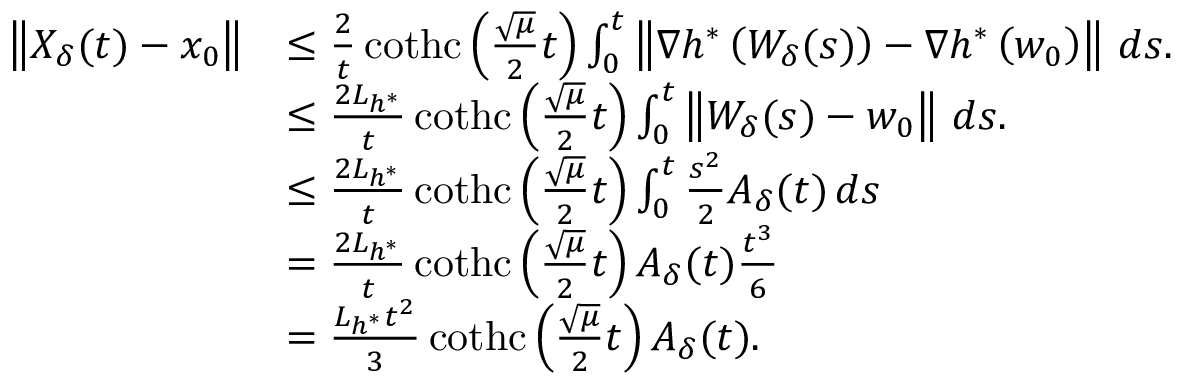
\begin{array} { r l } { \left\Vert X _ { \delta } ( t ) - x _ { 0 } \right\Vert } & { \leq \frac { 2 } { t } \operatorname { c o t h c } \left( \frac { \sqrt { \mu } } { 2 } t \right) \int _ { 0 } ^ { t } \left\Vert \nabla h ^ { * } \left( W _ { \delta } ( s ) \right) - \nabla h ^ { * } \left( w _ { 0 } \right) \right\Vert \, d s . } \\ & { \leq \frac { 2 L _ { h ^ { * } } } { t } \operatorname { c o t h c } \left( \frac { \sqrt { \mu } } { 2 } t \right) \int _ { 0 } ^ { t } \left\Vert W _ { \delta } ( s ) - w _ { 0 } \right\Vert \, d s . } \\ & { \leq \frac { 2 L _ { h ^ { * } } } { t } \operatorname { c o t h c } \left( \frac { \sqrt { \mu } } { 2 } t \right) \int _ { 0 } ^ { t } \frac { s ^ { 2 } } { 2 } A _ { \delta } ( t ) \, d s } \\ & { = \frac { 2 L _ { h ^ { * } } } { t } \operatorname { c o t h c } \left( \frac { \sqrt { \mu } } { 2 } t \right) A _ { \delta } ( t ) \frac { t ^ { 3 } } { 6 } } \\ & { = \frac { L _ { h ^ { * } } t ^ { 2 } } { 3 } \operatorname { c o t h c } \left( \frac { \sqrt { \mu } } { 2 } t \right) A _ { \delta } ( t ) . } \end{array}